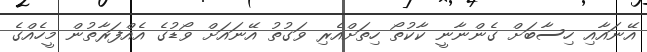
އޭނައާއި ހިސާބަށް ގެންނާނީ ކާކުތޯ ހިތަށްއެރި ވަގުތު އޭނައަށް ވޯޑުގެ އެއްފަރާތުން މީހެއްގެ